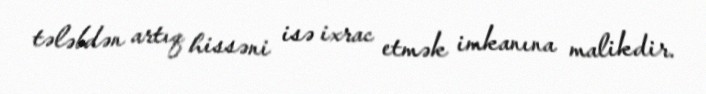
tələbdən artıq hissəni isə ixrac etmək imkanına malikdir.